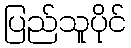
ပြည်သူပိုင်